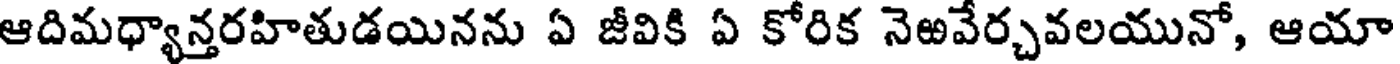
ఆదిమధ్యాన్తరహితుడయినను ఏ జీవికి ఏ కోరిక నెఱవేర్చవలయునో, ఆయా